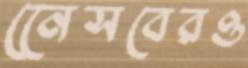
নেেসবেরও